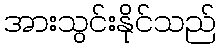
အားသွင်းနိုင်သည်